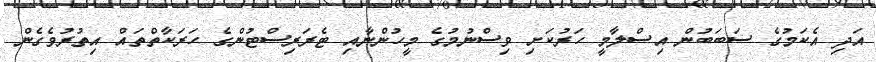
އަދި އެކަމުގެ ސަބަބުން އިސްލާމީ ހަރުކަށި ވިސްނުމުގެ މީހުންނާއި ޓެރަރިސްޓުންގެ ހަރަކާތްތައް އިތުރުވެގެން